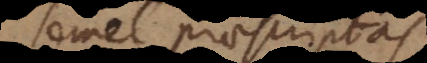
semel praescriptas